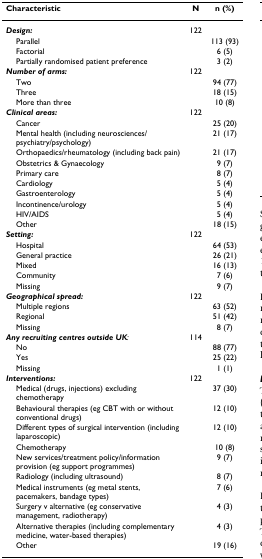
<table><thead><tr><td><b>Characteristic</b></td><td><b>N</b></td><td><b>n (%)</b></td></tr></thead><tbody><tr><td><b><i>Design:</i></b></td><td>122</td><td></td></tr><tr><td> Parallel</td><td></td><td>113 (93)</td></tr><tr><td> Factorial</td><td></td><td>6 (5)</td></tr><tr><td> Partially randomised patient preference</td><td></td><td>3 (2)</td></tr><tr><td><b><i>Number of arms:</i></b></td><td>122</td><td></td></tr><tr><td> Two</td><td></td><td>94 (77)</td></tr><tr><td> Three</td><td></td><td>18 (15)</td></tr><tr><td> More than three</td><td></td><td>10 (8)</td></tr><tr><td><b><i>Clinical areas:</i></b></td><td>122</td><td></td></tr><tr><td> Cancer</td><td></td><td>25 (20)</td></tr><tr><td> Mental health (including neurosciences/psychiatry/psychology)</td><td></td><td>21 (17)</td></tr><tr><td> Orthopaedics/rheumatology (including back pain)</td><td></td><td>21 (17)</td></tr><tr><td> Obstetrics &amp; Gynaecology</td><td></td><td>9 (7)</td></tr><tr><td> Primary care</td><td></td><td>8 (7)</td></tr><tr><td> Cardiology</td><td></td><td>5 (4)</td></tr><tr><td> Gastroenterology</td><td></td><td>5 (4)</td></tr><tr><td> Incontinence/urology</td><td></td><td>5 (4)</td></tr><tr><td> HIV/AIDS</td><td></td><td>5 (4)</td></tr><tr><td> Other</td><td></td><td>18 (15)</td></tr><tr><td><b><i>Setting:</i></b></td><td>122</td><td></td></tr><tr><td> Hospital</td><td></td><td>64 (53)</td></tr><tr><td> General practice</td><td></td><td>26 (21)</td></tr><tr><td> Mixed</td><td></td><td>16 (13)</td></tr><tr><td> Community</td><td></td><td>7 (6)</td></tr><tr><td> Missing</td><td></td><td>9 (7)</td></tr><tr><td><b><i>Geographical spread:</i></b></td><td>122</td><td></td></tr><tr><td> Multiple regions</td><td></td><td>63 (52)</td></tr><tr><td> Regional</td><td></td><td>51 (42)</td></tr><tr><td> Missing</td><td></td><td>8 (7)</td></tr><tr><td><b><i>Any recruiting centres outside UK</i></b><i>:</i></td><td>114</td><td></td></tr><tr><td> No</td><td></td><td>88 (77)</td></tr><tr><td> Yes</td><td></td><td>25 (22)</td></tr><tr><td> Missing</td><td></td><td>1 (1)</td></tr><tr><td><b><i>Interventions:</i></b></td><td>122</td><td></td></tr><tr><td> Medical (drugs, injections) excluding chemotherapy</td><td></td><td>37 (30)</td></tr><tr><td> Behavioural therapies (eg CBT with or without conventional drugs)</td><td></td><td>12 (10)</td></tr><tr><td> Different types of surgical intervention (including laparoscopic)</td><td></td><td>12 (10)</td></tr><tr><td> Chemotherapy</td><td></td><td>10 (8)</td></tr><tr><td> New services/treatment policy/information provision (eg support programmes)</td><td></td><td>9 (7)</td></tr><tr><td> Radiology (including ultrasound)</td><td></td><td>8 (7)</td></tr><tr><td> Medical instruments (eg metal stents, pacemakers, bandage types)</td><td></td><td>7 (6)</td></tr><tr><td> Surgery v alternative (eg conservative management, radiotherapy)</td><td></td><td>4 (3)</td></tr><tr><td> Alternative therapies (including complementary medicine, water-based therapies)</td><td></td><td>4 (3)</td></tr><tr><td> Other</td><td></td><td>19 (16)</td></tr></tbody></table>